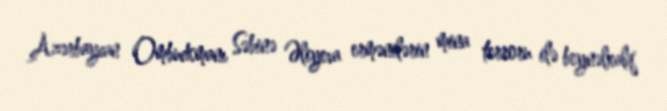
Azərbaycan Ombudsmanı Səbinə Əliyeva ermənilərin mina terroru ilə beynəlxalq